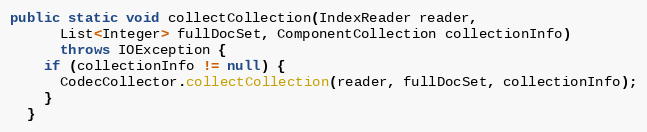
Language: Java
public static void collectCollection(IndexReader reader,
      List<Integer> fullDocSet, ComponentCollection collectionInfo)
      throws IOException {
    if (collectionInfo != null) {
      CodecCollector.collectCollection(reader, fullDocSet, collectionInfo);
    }
  }